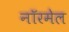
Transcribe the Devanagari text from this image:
नॉरमेल